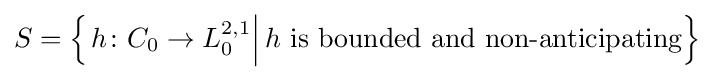
S=\left\{\left.h\colon C_{0}\to L_{0}^{2,1}\right|h{\mbox{ is bounded and non-anticipating}}\right\}